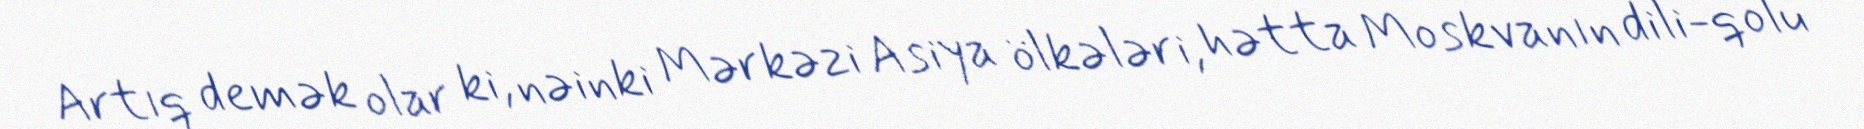
Artıq demək olar ki, nəinki Mərkəzi Asiya ölkələri, hətta Moskvanın dili-qolu